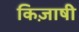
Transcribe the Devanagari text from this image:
किज़ाषी